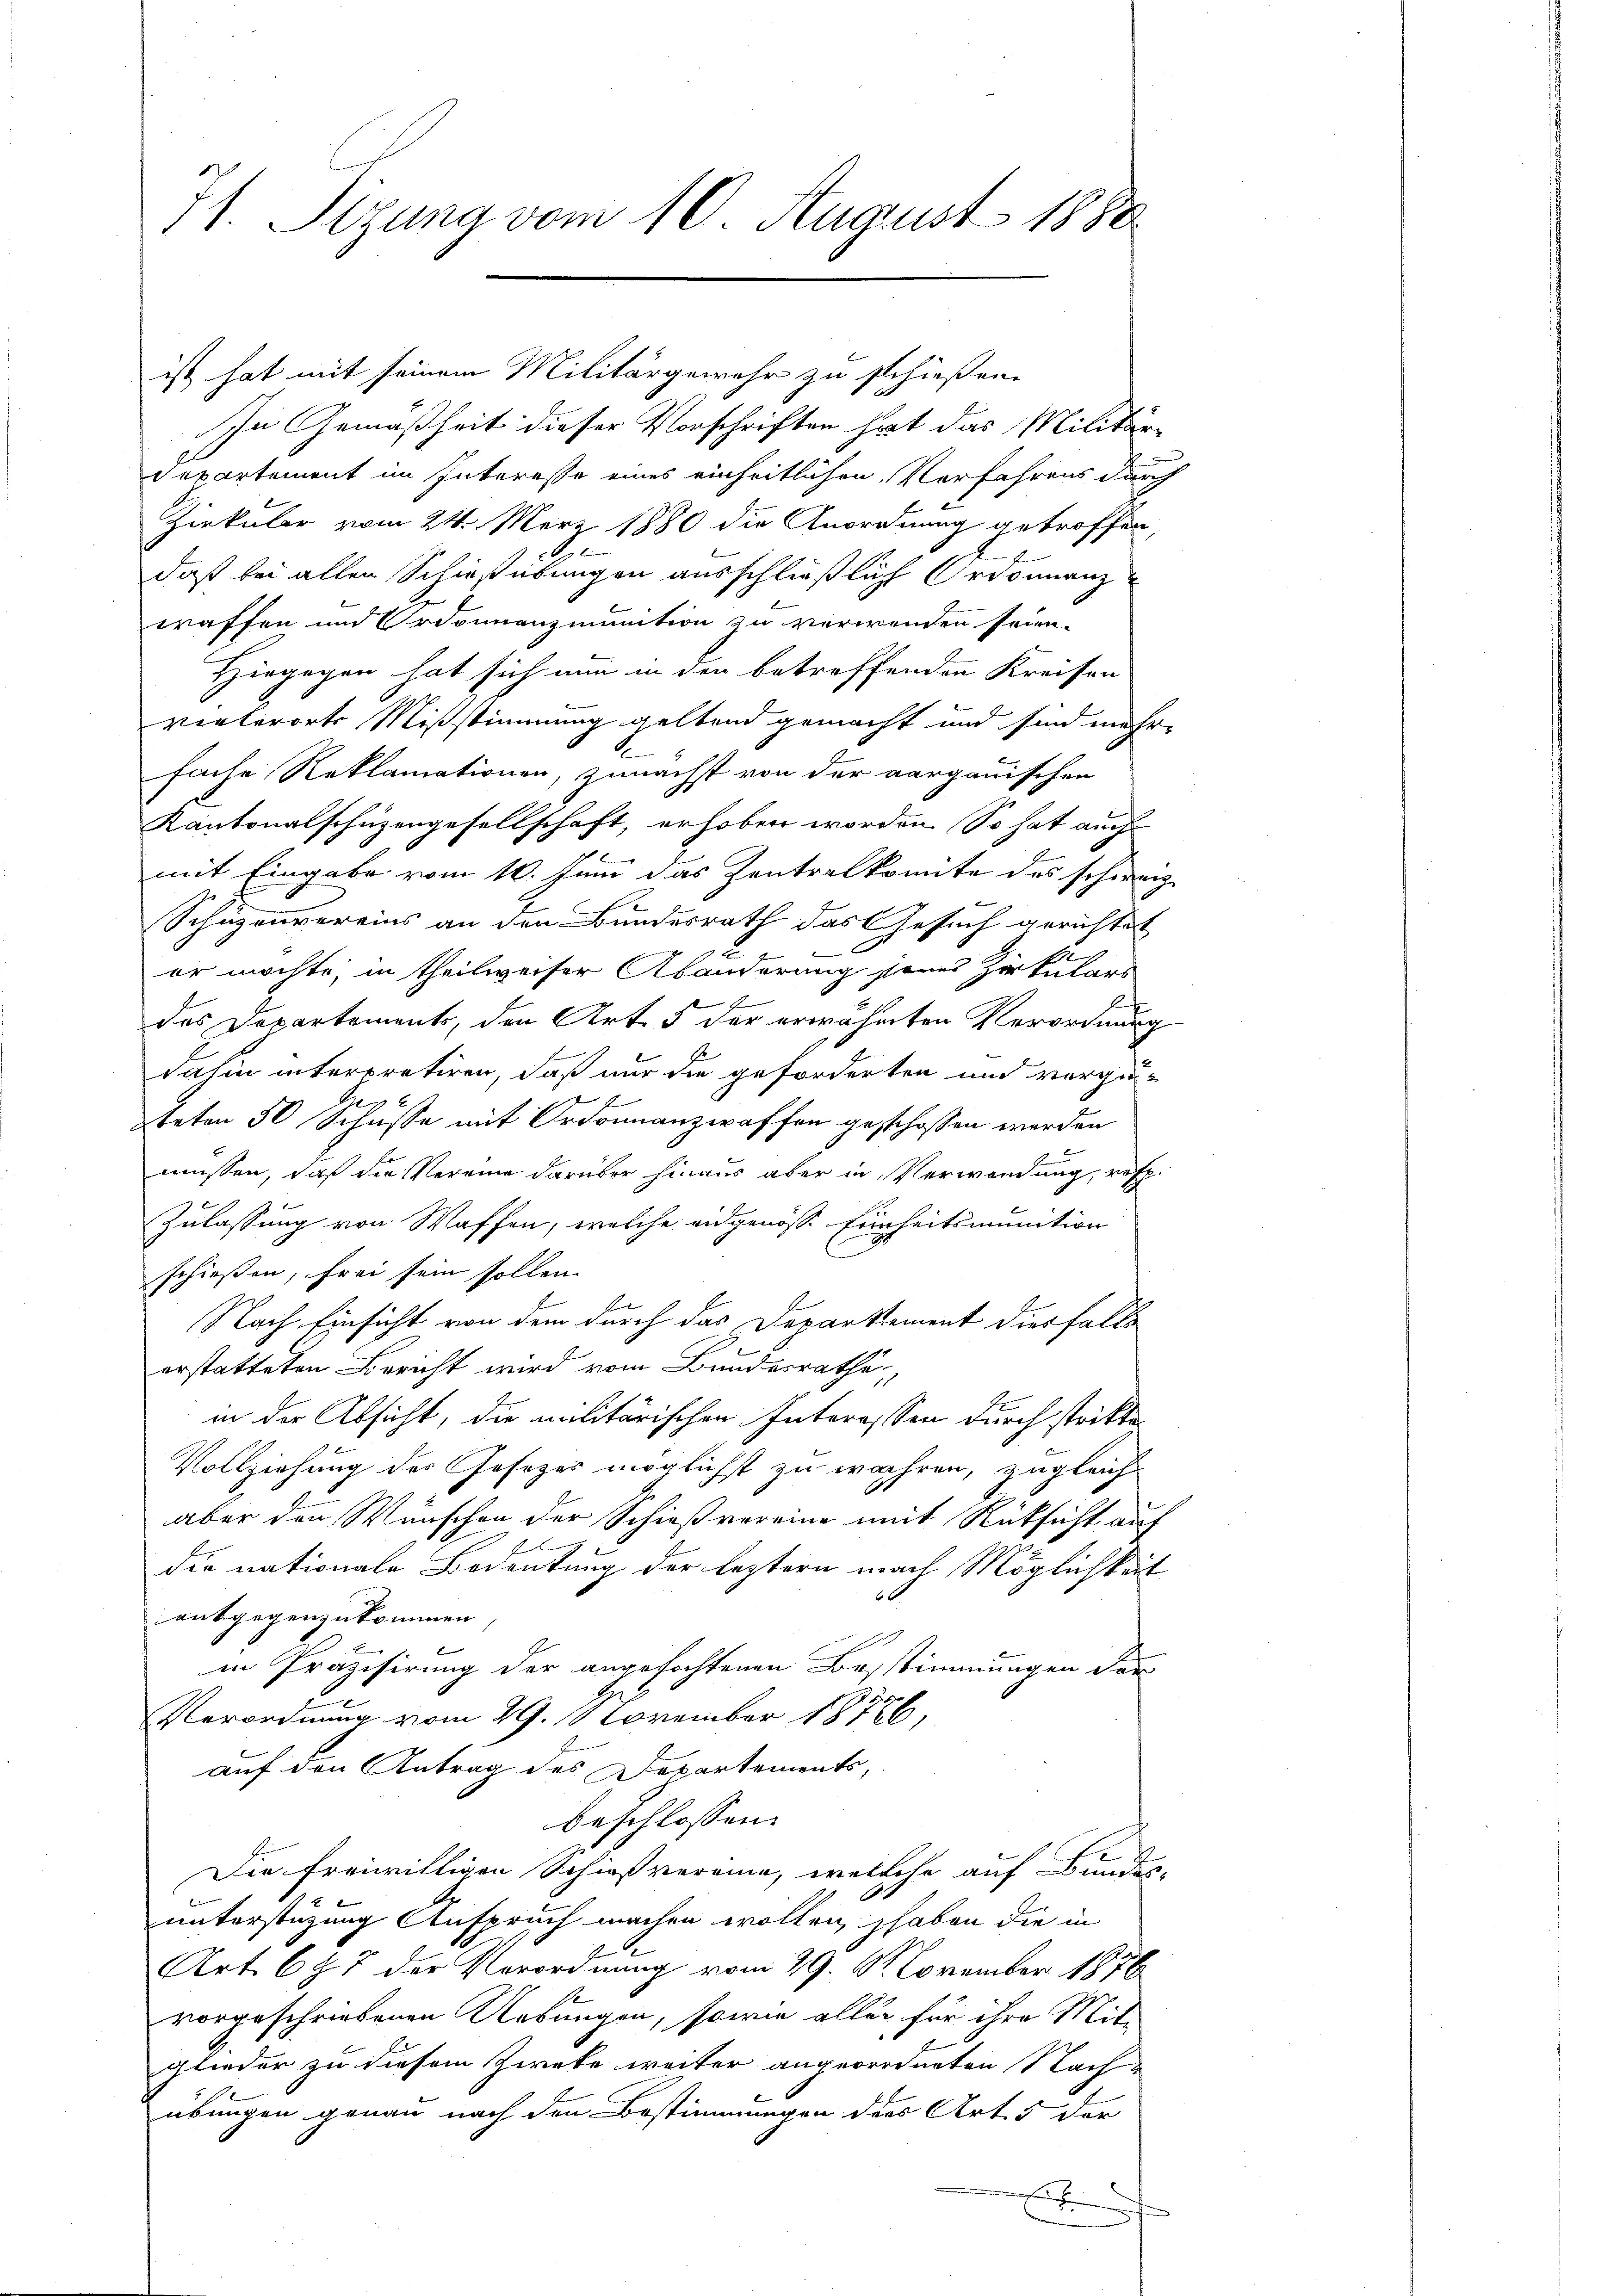
71. Sizung vom 10. August 1880

ist hat mit seinem Militärgewehr zu schießen.
In Gemäßheit dieser Vorschriften hat das Militär-
departement im Interesse eines einheitlichen Verfahrens durch
Zirkular vom 24. März 1880 die Anordnung getroffen,
daß bei allen Schießübungen ausschließlich Ordonnanztaffen und Ordonnanzmunition zu verwenden seien.
Hingegen hat sich nun in den betreffenden Kreisen
verterorte Mißstimmung geltend gemacht und sind mehr-
fache Reklamationen, zunächst von der aargauischen
Kantonalschüzengesellschaft, erhoben worden. So hat auch
mit Eingabe vom 10. Juni das Zentralkomite des schweiz.
Schäzenvereins an den Bundesrath das Gesuch gerichtet
e
er möchte, in theilweiser Abänderung jenes Zirkulars
E
l
des Departements, den Art. 5 der erwähnten Verordnung
dahin interpretiren, daß nur die geforderten und vergüteten 50 Schüsse mit Ordonnanzwaffen geschossen werden
müssen, daß die Vereine darüber hinaus aber in Verwendung, resp.
Zulassung von Waffen, welche eidgenöss. Einheitsmunition
schießen, frei sein sollen.
Nach Einsicht von dem durch das Departement diesfalls
erstatteten Bericht wird vom Bundesrathe
in der Absicht, die militärischen Interessen durch stritte¬
Vollziehung des Gesetzes möglichst zu wahren, zugleichaber den Wünschen der Schießvereine mit Rücksicht auf
f
die nationale Bedeutung der leztern nach Möglichkeit
entgegenzukommen,
in Präzisirung der angefochtenen Bestimmungen dor
2
Verordnung vom 29. November 18126,
auf den Antrag des Departements,
beschlossen:
Die freiwilligen Schießvereine, welche auf Bundes-
unterstüzung Anspruch machen wollen, haben die in
Art. 697 der Verordnung vom 29. November 1876
vorgeschriebenen Uebungen, sowie aller für ihre Mit-
glieder zu diesem Zweke weiter angeordneten Nach-
übungen genau nach den Bestimmungen ders Art. 5 der
E